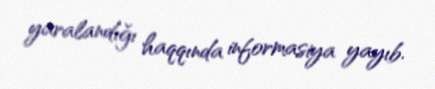
yaralandığı haqqında informasiya yayıb.